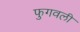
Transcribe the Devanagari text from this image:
फुगवली